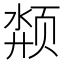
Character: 颒